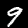
Digit: 9